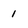
Character: 1